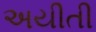
અયીતી